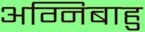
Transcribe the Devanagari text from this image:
अग्निबाहु